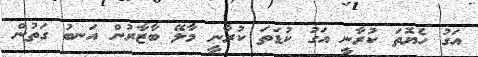
އަގު ހެޔޮތަ ކުރާނީ އަގު ކުޑަތަ ކުރާނީ މާލޭ ބާޒާރުން އަނބު ގަތުން